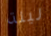
ليلة